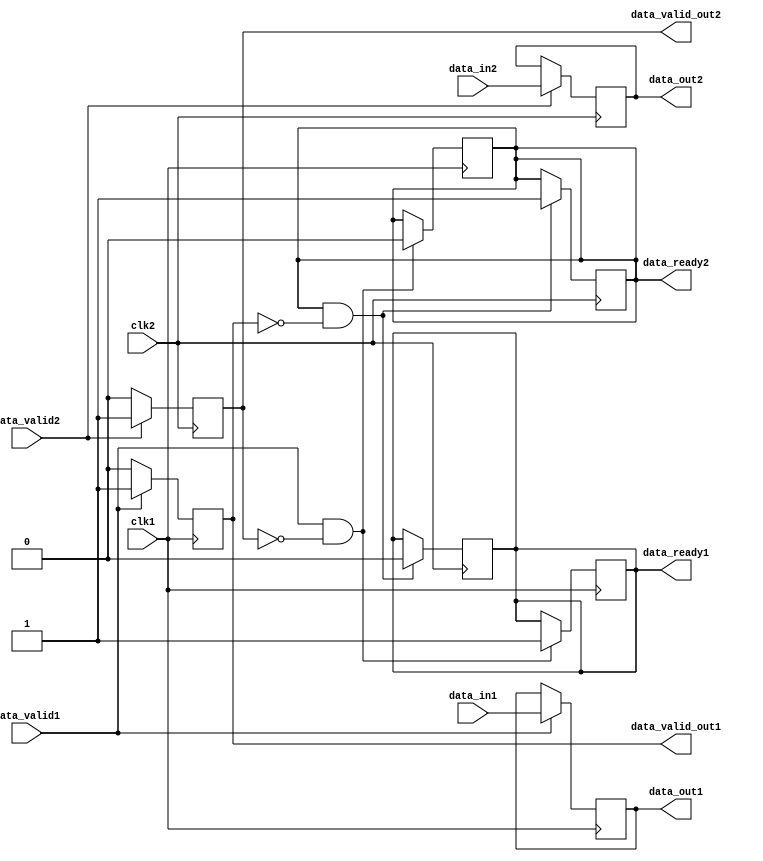
module async_fifo_synchronizer (
    input wire clk1, // Asynchronous clock domain 1
    input wire data_in1, // Data input from clock domain 1
    input wire data_valid1, // Data valid signal from clock domain 1
    output reg data_ready1, // Data ready signal to clock domain 1
    output wire data_out1, // Synchronized data output to clock domain 1
    output reg data_valid_out1, // Synchronized data valid signal to clock domain 1
    
    input wire clk2, // Asynchronous clock domain 2
    input wire data_in2, // Data input from clock domain 2
    input wire data_valid2, // Data valid signal from clock domain 2
    output reg data_ready2, // Data ready signal to clock domain 2
    output wire data_out2, // Synchronized data output to clock domain 2
    output reg data_valid_out2 // Synchronized data valid signal to clock domain 2
);

// Timing control block
always @(posedge clk1) begin
    if (data_valid1 && !data_valid_out2) begin
        data_ready1 <= 1;
        data_ready2 <= 0;
    end
end

always @(posedge clk2) begin
    if (data_ready2 && !data_valid_out1) begin
        data_ready2 <= 1;
        data_ready1 <= 0;
    end
end

// Synchronization block
always @(posedge clk1) begin
    if (data_valid1) begin
        data_out1 <= data_in1;
        data_valid_out1 <= 1;
    end
    else begin
        data_valid_out1 <= 0;
    end
end

always @(posedge clk2) begin
    if (data_valid2) begin
        data_out2 <= data_in2;
        data_valid_out2 <= 1;
    end
    else begin
        data_valid_out2 <= 0;
    end
end

endmodule